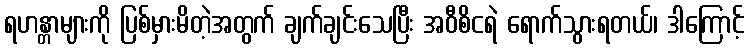
ရဟန္တာများကို ပြစ်မှားမိတဲ့အတွက် ချက်ချင်းသေပြီး အဝီစိငရဲ ရောက်သွားရတယ်၊ ဒါကြောင့်